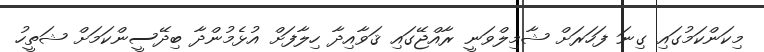
މިކަންކަމުގައި ގިނަ ފަހަރަށް ޝާމިލްވަނީ ރާއްޖޭގައި ޤަވާއިދާ ހިލާފަށް އުޅެމުންދާ ބިދޭސީންކަމަށް ޝަތީހު